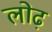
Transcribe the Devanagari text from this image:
लोढ़